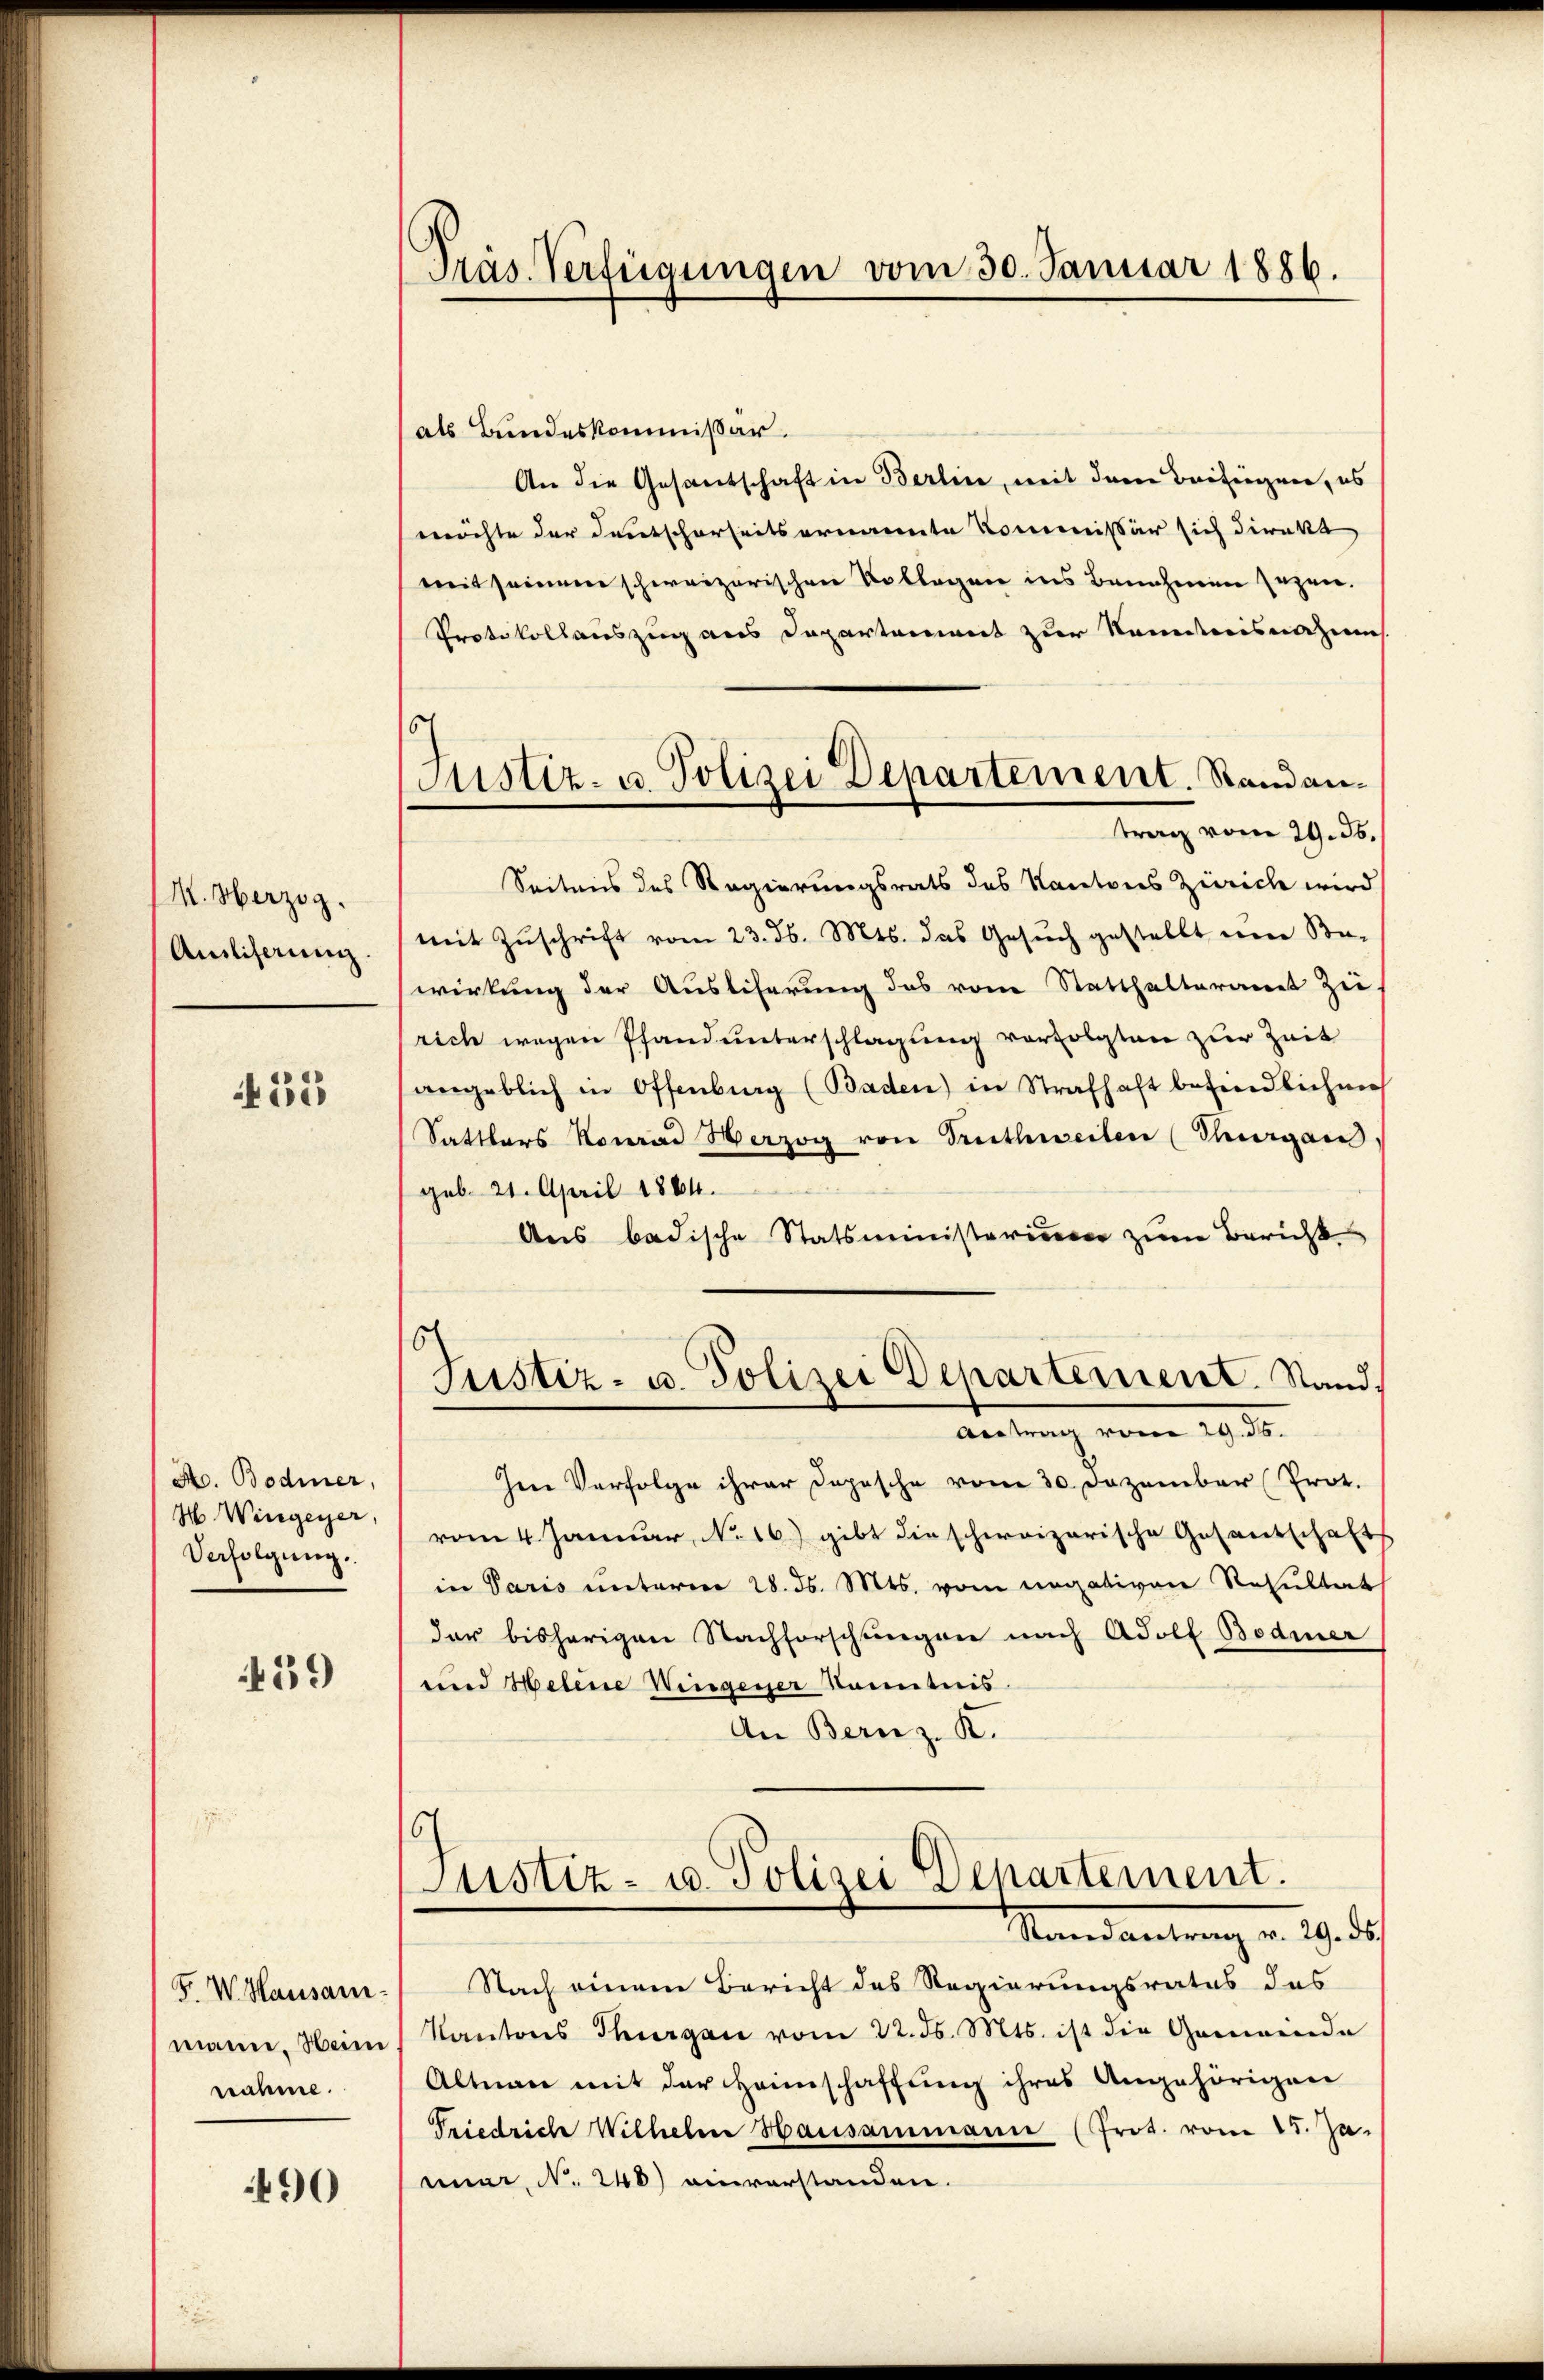
M. Herzig.
Amlihaun.

452

A. Bodmer,
H. Wengerer,
Verfolgung.

439

F. W. Hausam
mann, Hein
nahme.

490

Präs. Verfügungen vom 30. Januar 1886.

c
Justiz- u. Polizei Departement. Randan¬

als Bundeskommissär.
An die Gesandschaft in Berlin, mit dem Beifügen, es
möchte der Deutscherseits ernannte Kommissär sich direkt
mit seinem schweizerischen Vollegen ins Bannheime zuzei¬
Protokollauszug aus Departement zur Kenntnisnahme
trag vom 29. 36.
Seitens des Regierungsrats des Kantons Zürich wird
mit Zŭschrift vom 23. d. Mts. das Gesŭch gestellt um Be-
wirkung der Ausliferung das vom Statthalteramt zu
rich wegen Pfand unterschlagung vorfolgten zur Zeit
angeblich in Offenburg (Baden) in Strafhaft befindlichen
Sattlers Konrad Herzog von Triethweilen (Thurgau
geb. 21. April 1864.
Ans badische Statsministerium zum Bericht
h
Justiz- u. Polizei Departement. Stand.
.
Antrag vom 29. ds.
Jene Verfolge ihrer Dopische vom 30. Dezember (Prot.
vom 4. Januar, No 16.) gibt die schweizerische Gesantschafts
in Paris unterm 28. ds. Mts. vom negativen Resultaet
der bisherigen Nachforschungen nach Adolf Bodmer
und Helene Weigener kanntnis.
An Bern z. R.
6
Justiz- u. Polizei Departement.
Mandantung v. 19. d.
Nach einem Bericht des Regierungsrates das
Kantons Thurgau vom 22. ds. Mts. ist die Gemeinde
Altnau mit der Heimschaffung ihres Angehörigen
Friedrich Wilhelm Hausammann (Prot. vom 25. Ja
mnar, No. 248) einverstanden.